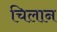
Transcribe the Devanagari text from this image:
चिलान